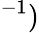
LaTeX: ^{-1})